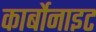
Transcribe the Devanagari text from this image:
कार्बोनाइट